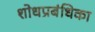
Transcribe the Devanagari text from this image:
शोधप्रबंधिका